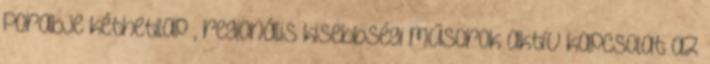
Porabje kéthetilap , regionális kisebbségi műsorok aktív kapcsolat az